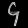
Digit: ၄